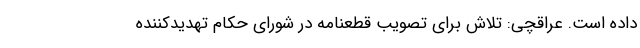
داده است. عراقچی: تلاش برای تصویب قطعنامه در شورای حکام تهدیدکننده